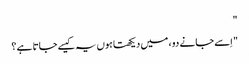
"
" اِسے جانے دو ، میں دیکھتا ہوں یہ کیسے جاتا ہے ؟